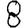
Digit: 8